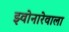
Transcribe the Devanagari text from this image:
झ्वोनारेवाला